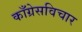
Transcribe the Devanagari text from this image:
काँग्रेसविचार